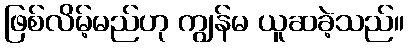
ဖြစ်လိမ့်မည်ဟု ကျွန်မ ယူဆခဲ့သည်။